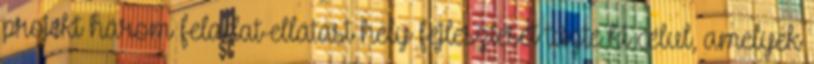
projekt három feladat-ellátási hely fejlesztését tűzte ki célul, amelyek